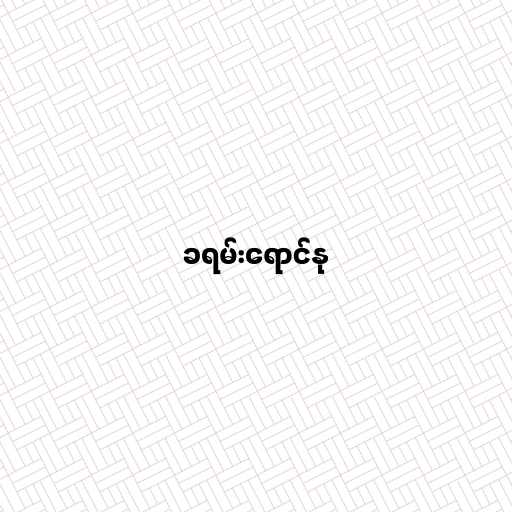
ခရမ်းရောင်နု